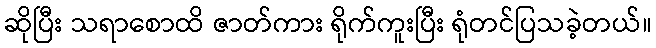
ဆိုပြီး သရာစောထိ ဇာတ်ကား ရိုက်ကူးပြီး ရုံတင်ပြသခဲ့တယ်။